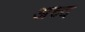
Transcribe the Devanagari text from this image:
अच्च